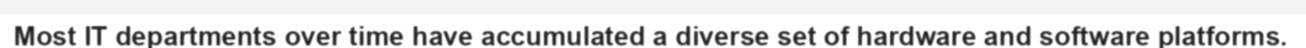
Most IT departments over time have accumulated a diverse set of hardware and software platforms.